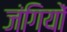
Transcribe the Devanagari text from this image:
जंगियों